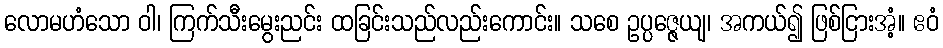
လောမဟံသော ဝါ၊ ကြက်သီးမွေးညင်း ထခြင်းသည်လည်းကောင်း။ သစေ ဥပ္ပဇ္ဇေယျ၊ အကယ်၍ ဖြစ်ငြားအံ့။ ဧဝံ